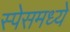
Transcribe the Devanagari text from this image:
स्पेसमध्ये